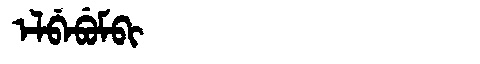
Manchu: ᡝᠯᠪᡝᠪᡠᠮᠪᡳ
Romanization: ELBEBUMBI